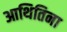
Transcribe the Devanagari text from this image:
आथितिना